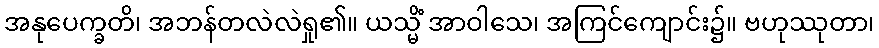
အနုပေက္ခတိ၊ အဘန်တလဲလဲရှု၏။ ယသ္မိံ အာဝါသေ၊ အကြင်ကျောင်း၌။ ဗဟုဿုတာ၊